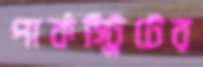
পার্কস্ট্রিটের